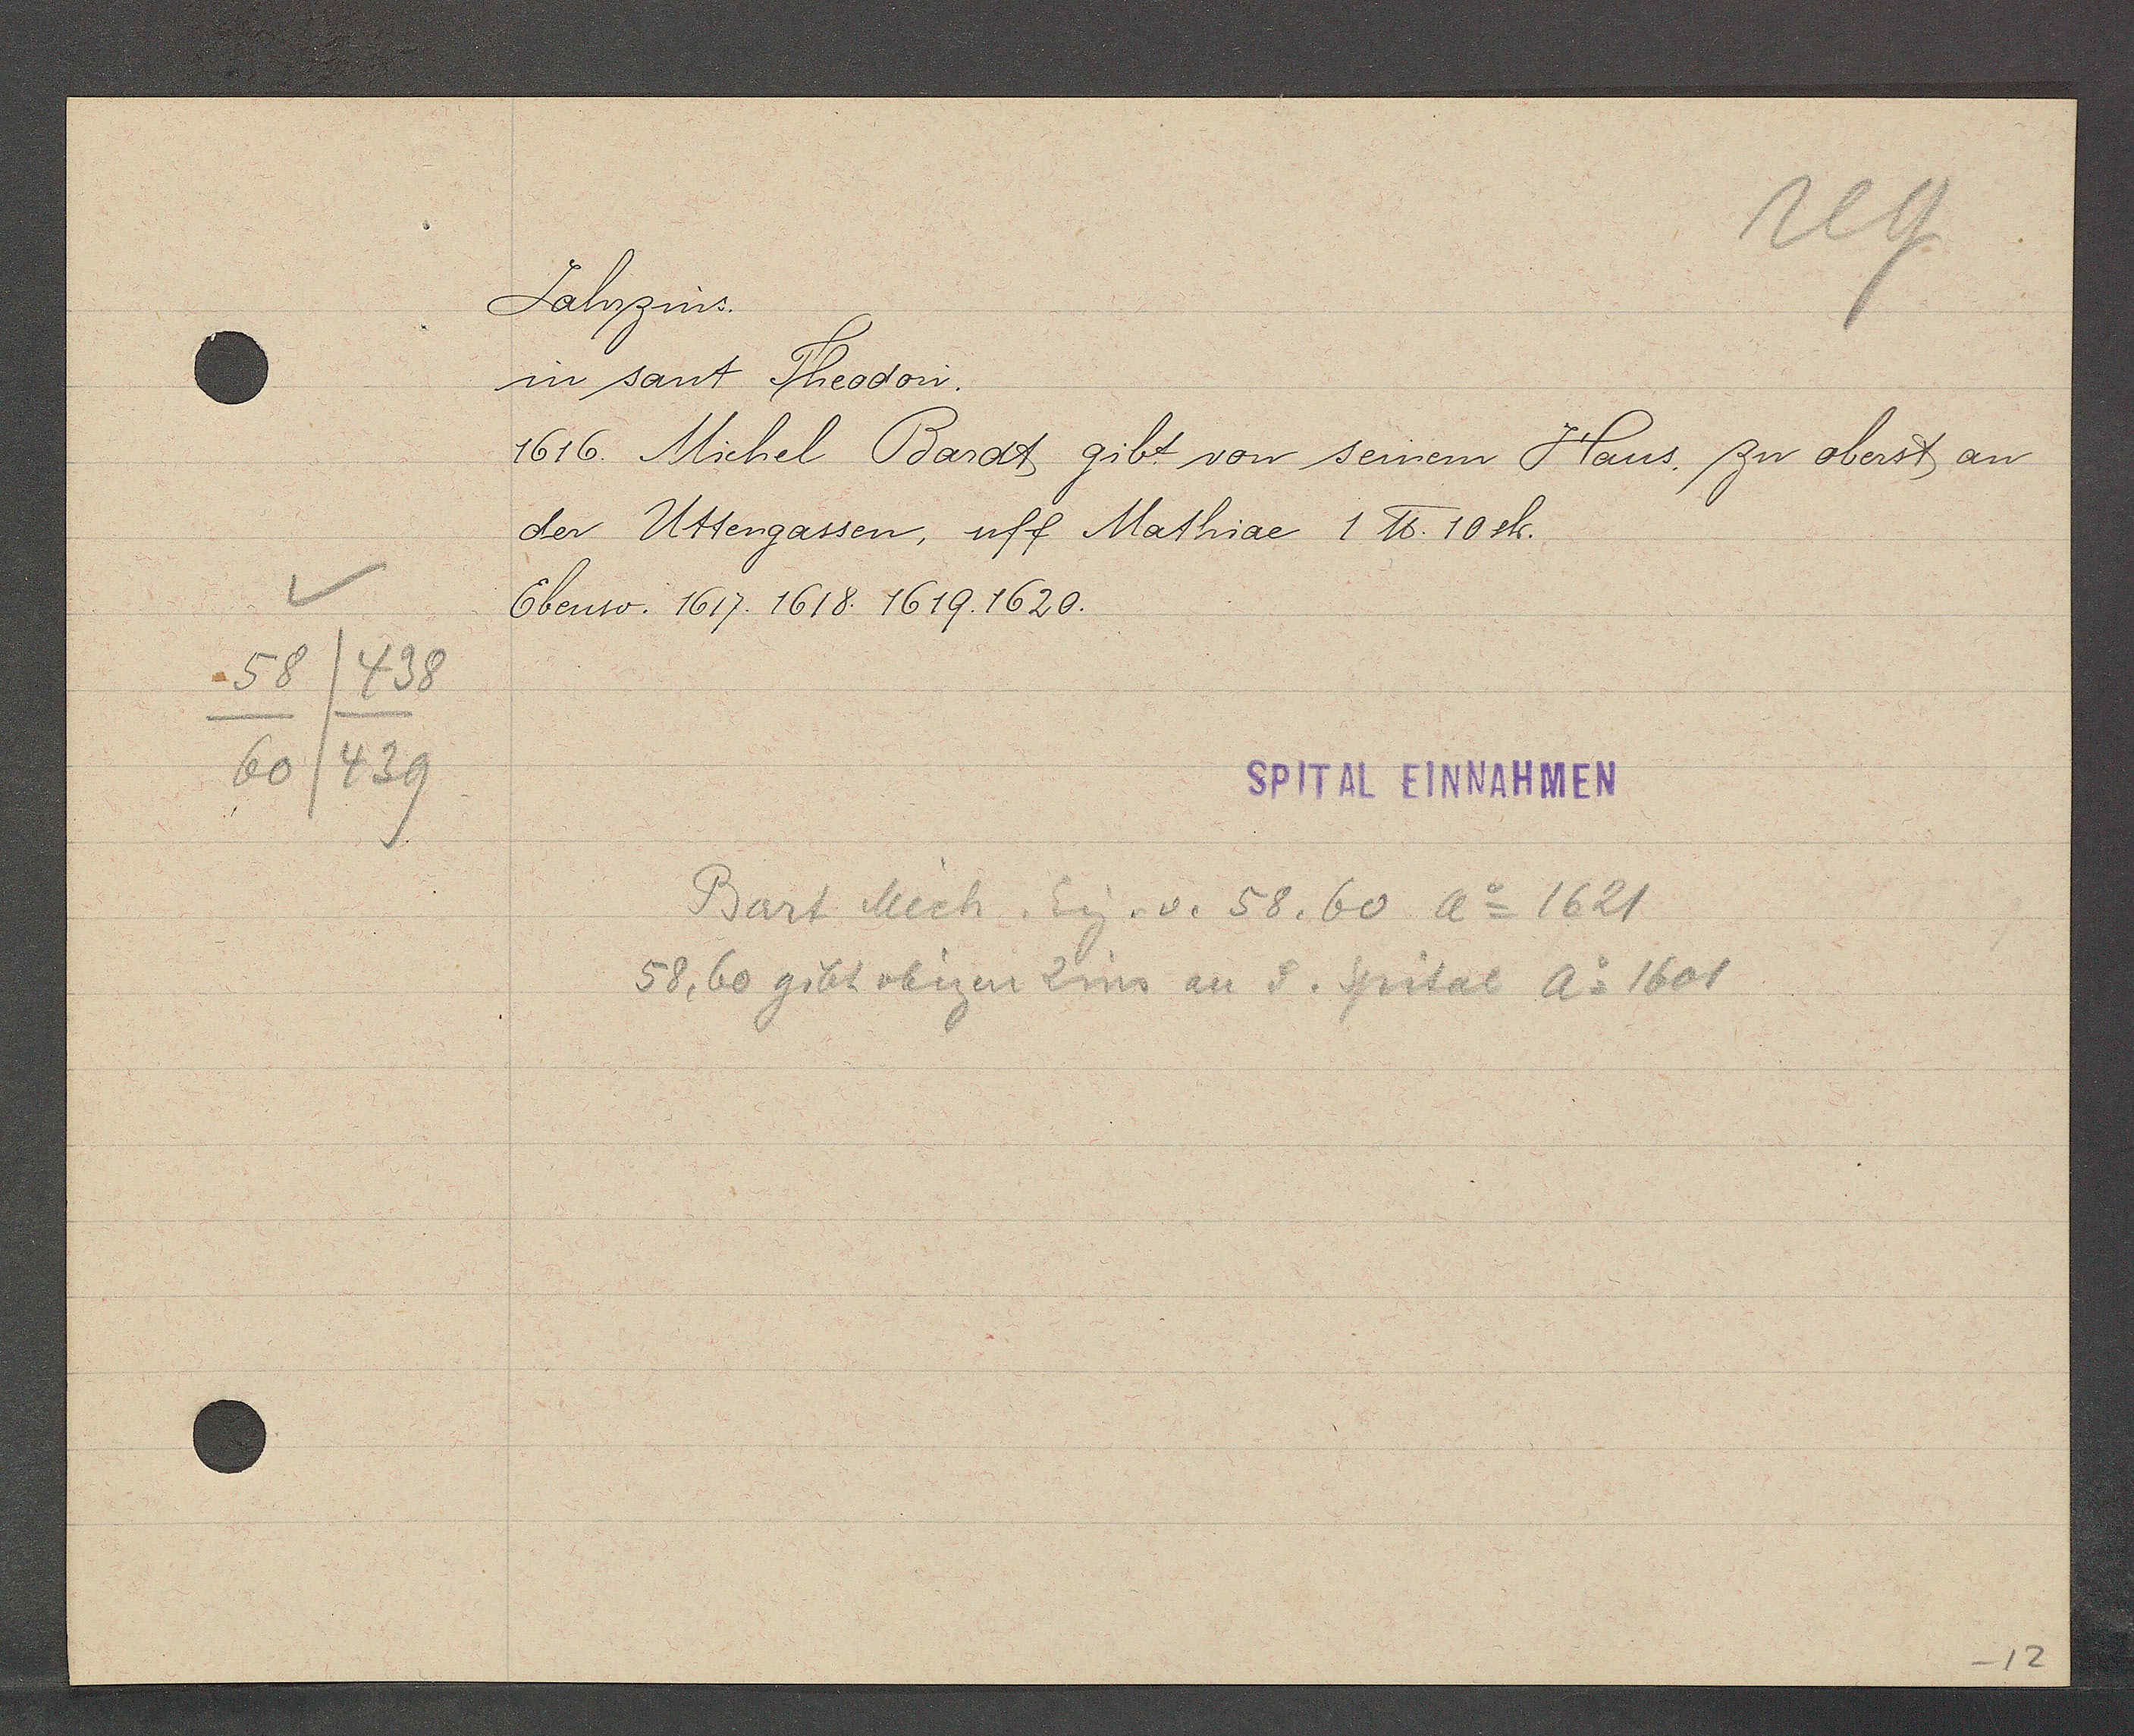
Transcript:
58
438
60/439

Jahrzins.

in sant Theodori.
1616. Michel Bardt gibt von seinem Haus, zu oberst an
der Uttengassen, uff Mathiae 1 ℔. 10sh.
Ebenso. 1617. 1618. 1619. 1620.

SPITAL EINNAHMEN

Bart Mich. Eig. v. 58, 60 Ao 1621
58, 60 gibt obigen Zins an d. Spital Ao 1601